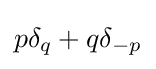
p\delta _{q}+q\delta _{-p}